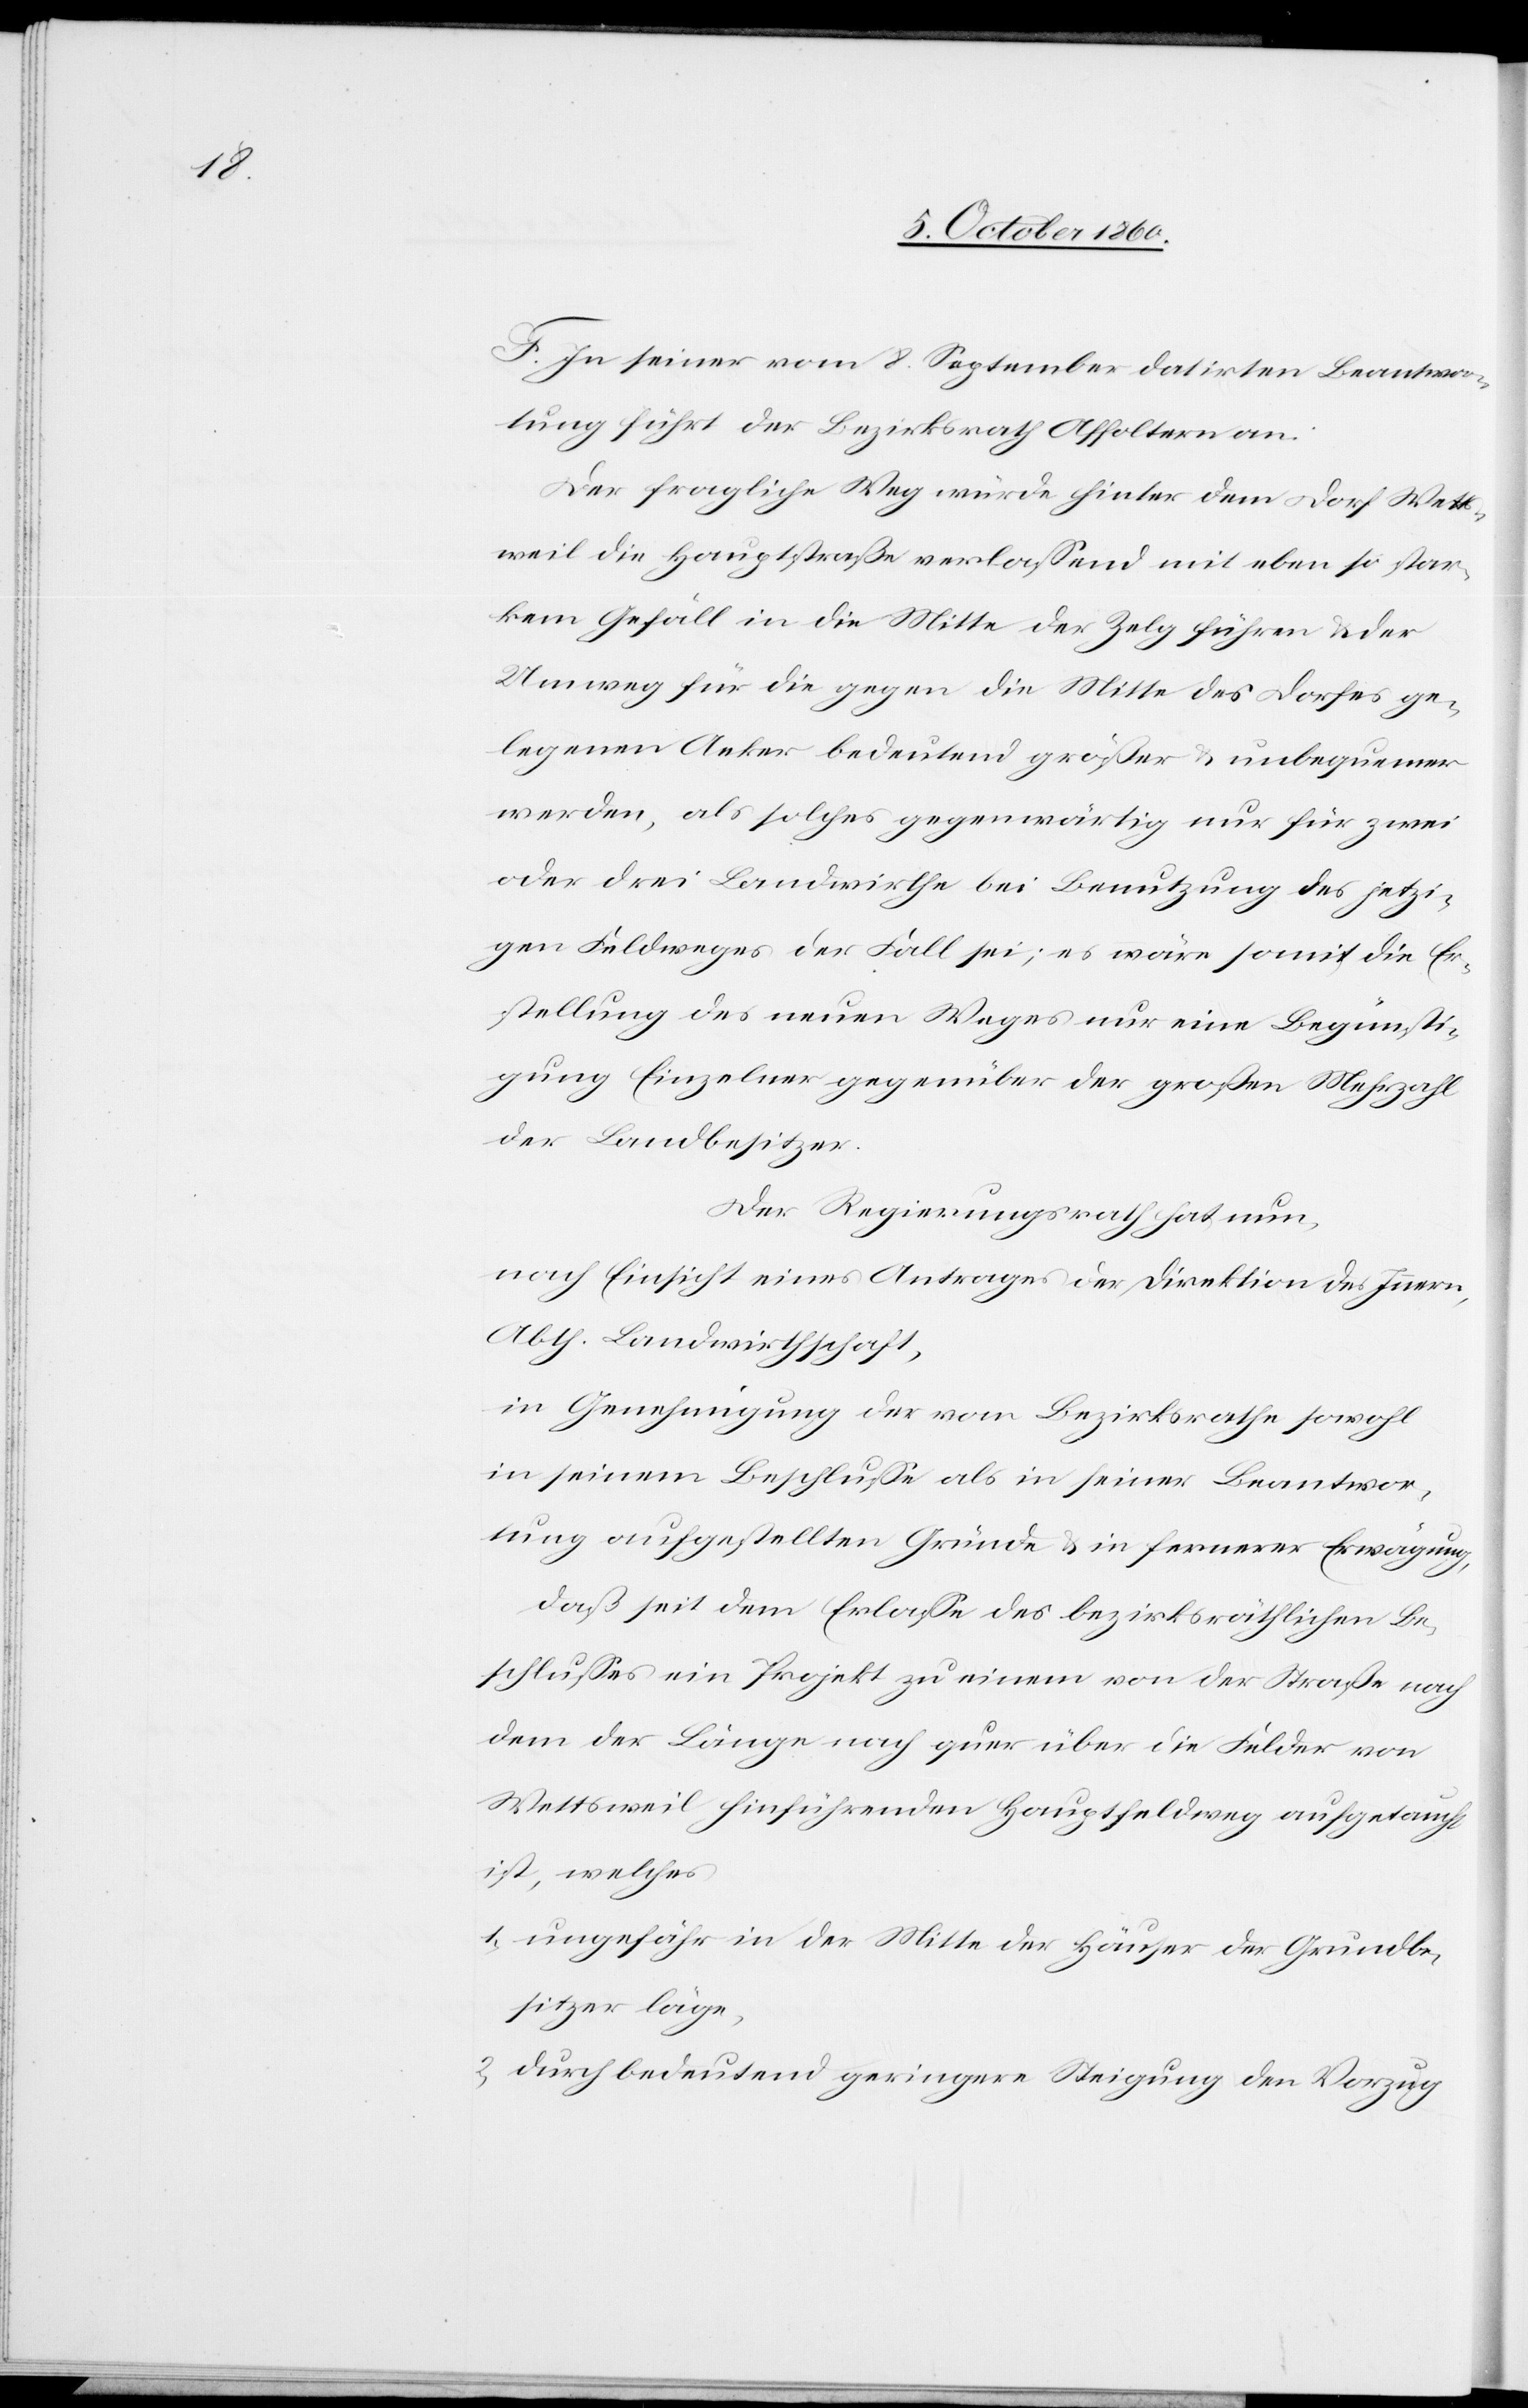
F. In seiner vom 8. September datirten Beantwor¬
tung führt der Bezirksrath Affoltern an:
Der fragliche Weg würde hinter dem Dorf Wetts¬
weil die Hauptstraße verlassend mit eben so star¬
kem Gefäll in die Mitte der Zelg führen u. der
Umweg für die gegen die Mitte des Dorfes ge¬
legenen Aeker bedeutend größer u. unbequemer
werden, als solches gegenwärtig nur für zwei
oder drei Landwirthe bei Benutzung des jetzi¬
gen Feldweges der Fall sei; es wäre somit die Er¬
stellung des neuen Weges nur eine Begünsti¬
gung Einzelner gegenüber der großen Mehrzahl
der Landbesitzer.
Der Regierungsrath hat nun,
nach Einsicht eines Antrages der Direktion des Innern,
Abth. Landwirthschaft,
in Genehmigung der vom Bezirksrathe sowohl
in seinem Beschlußes als in seiner Beantwor¬
tung aufgestellten Gründe u. in fernerer Erwägung,
daß seit dem Erlasse des bezirksräthlichen Be¬
schlusses ein Projekt zu einem von der Straße nach
dem der Länge nach quer über die Felder von
Wettsweil hinführenden Hauptfeldweg aufgetaucht
ist, welches
1. ungefähr in der Mitte der Häuser der Grundbe¬
sitzer läge,
2. durch bedeutend geringere Steigung den Vorzug